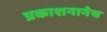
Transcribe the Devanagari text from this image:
प्रकाशनानेच